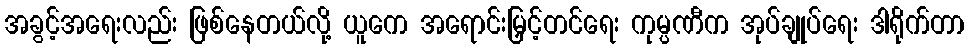
အခွင့်အရေးလည်း ဖြစ်နေတယ်လို့ ယူကေ အရောင်းမြှင့်တင်ရေး ကုမ္ပဏီက အုပ်ချုပ်ရေး ဒါရိုက်တာ